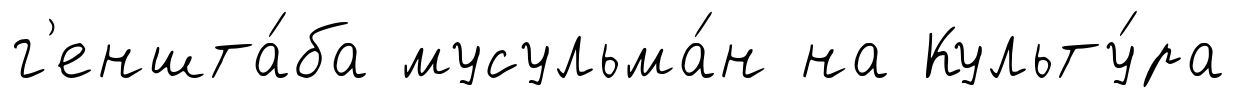
г'еншта́ба мусульма́н на Культу́ра